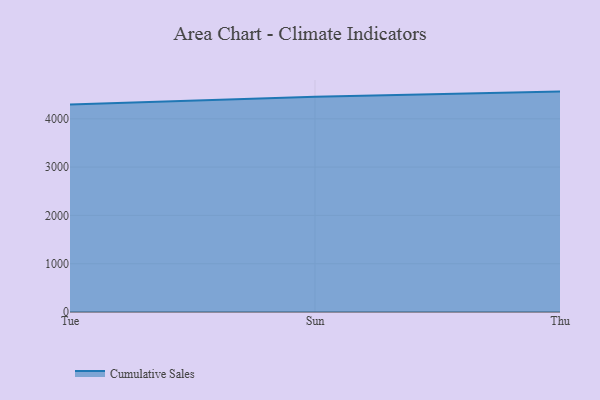
{"axis": {"x": "Day", "y": "Energy Usage (MWh)"}, "legend": ["Cumulative Sales"], "data": [{"x": "Tue", "y": 4294.2, "type": "Cumulative Sales"}, {"x": "Sun", "y": 4456.0, "type": "Cumulative Sales"}, {"x": "Thu", "y": 4563.3, "type": "Cumulative Sales"}]}